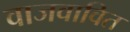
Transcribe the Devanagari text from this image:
वाजवावित